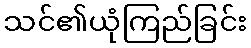
သင်၏ယုံကြည်ခြင်း